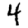
Digit: 4